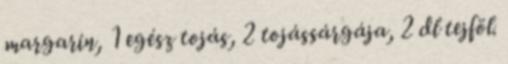
margarin, 1 egész tojás, 2 tojássárgája, 2 dl tejföl.